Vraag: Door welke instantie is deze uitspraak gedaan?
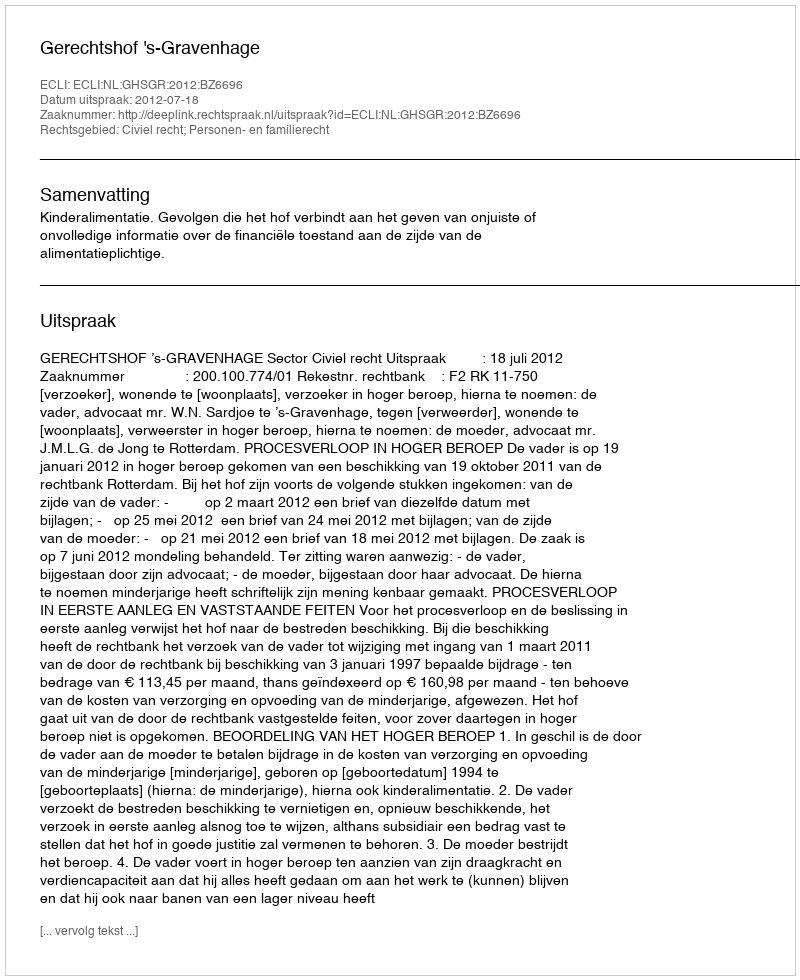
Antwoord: Gerechtshof 's-Gravenhage